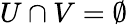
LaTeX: U\cap V=\emptyset